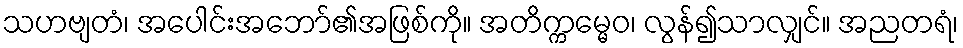
သဟဗျတံ၊ အပေါင်းအဘော်၏အဖြစ်ကို။ အတိက္ကမ္မေဝ၊ လွန်၍သာလျှင်။ အညတရံ၊